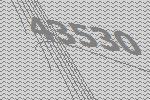
43530